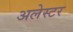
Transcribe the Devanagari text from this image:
अलेस्टर